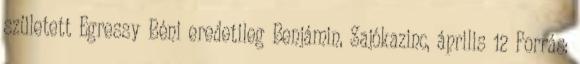
született Egressy Béni eredetileg Benjámin, Sajókazinc, április 12 Forrás: